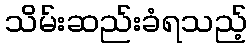
သိမ်းဆည်းခံရသည့်